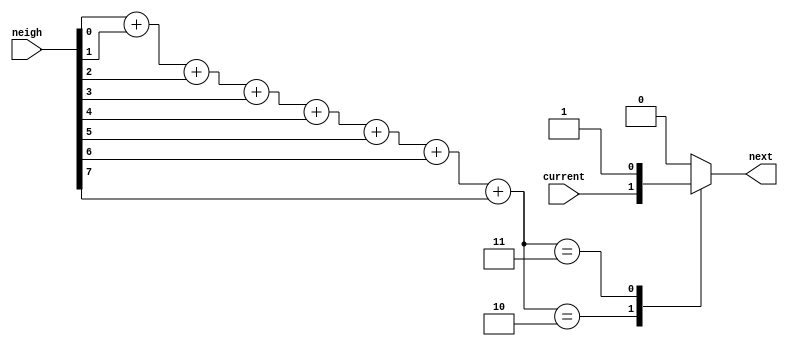
module rule (
    input [7:0] neigh,
    input current,
    output next );

    wire [2:0] pop;
    assign pop = {2'b00, neigh[0]} +
                 {2'b00, neigh[1]} +
                 {2'b00, neigh[2]} +
                 {2'b00, neigh[3]} +
                 {2'b00, neigh[4]} +
                 {2'b00, neigh[5]} +
                 {2'b00, neigh[6]} +
                 {2'b00, neigh[7]}; 
    
    reg tmp;
    assign next = tmp;

    always @(*) begin
        case (pop)
            2: tmp = current;
            3: tmp = 1;
            default: tmp = 0;
        endcase
    end
endmodule
module top_module(
    input clk,
    input load,
    input [255:0] data,
    output [255:0] q ); 
	
    wire [255:0] next;
    
    genvar x, y;
    generate
        for (x=0; x<=15; x=x+1) begin : gen_x
            for (y=0; y<=15; y=y+1) begin : gen_y
                rule fate (
                    .neigh({q[(x==0 ? 15 : x-1) + (y==0 ? 15 : y-1)*16],
                            q[(x==0 ? 15 : x-1) + y                *16],
                            q[(x==0 ? 15 : x-1) + (y==15 ? 0 : y+1)*16],
                            q[x                 + (y==0 ? 15 : y-1)*16],
                            q[x                 + (y==15 ? 0 : y+1)*16],
                            q[(x==15 ? 0 : x+1) + (y==0 ? 15 : y-1)*16],
                            q[(x==15 ? 0 : x+1) + y                *16],
                            q[(x==15 ? 0 : x+1) + (y==15 ? 0 : y+1)*16]}),
                    .current(q[(x + y*16)]),
                    .next(next[(x + y*16)])
                );
            end
        end
    endgenerate
    
    always @(posedge clk) begin
        if (load) begin
            q <= data;
        end else begin
            q <= next;
        end
    end
endmodule